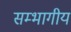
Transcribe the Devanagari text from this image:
सम्भागीय